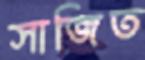
সাজিত